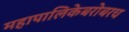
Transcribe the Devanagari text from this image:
महापालिकेबरोबरच